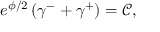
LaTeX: e ^ { \phi / 2 } \left( \gamma ^ { - } + \gamma ^ { + } \right) = \mathcal { C } ,